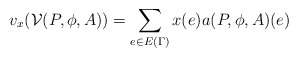
\begin{align*}v_x(\mathcal{V}(P, \phi, A)) = \sum_{e \in E(\Gamma)} x(e)a(P, \phi, A)(e)\\\end{align*}